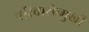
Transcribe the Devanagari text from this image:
परिवारोन्मुखी